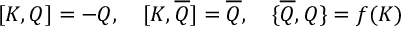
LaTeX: { [ } K , Q { ] } = - Q , \quad { [ } K , \overline { { { Q } } } { ] } = \overline { { { Q } } } , \quad { \{ } \overline { { { Q } } } , Q { \} } = f ( K )